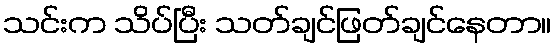
သင်းက သိပ်ပြီး သတ်ချင်ဖြတ်ချင်နေတာ။